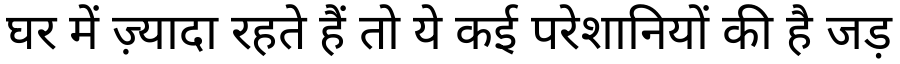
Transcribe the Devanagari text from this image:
घर में ज़्यादा रहते हैं तो ये कई परेशानियों की है जड़